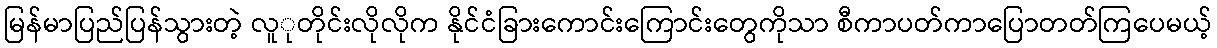
မြန်မာပြည်ပြန်သွားတဲ့ လူုတိုင်းလိုလိုက နိုင်ငံခြားကောင်းကြောင်းတွေကိုသာ စီကာပတ်ကာပြောတတ်ကြပေမယ့်